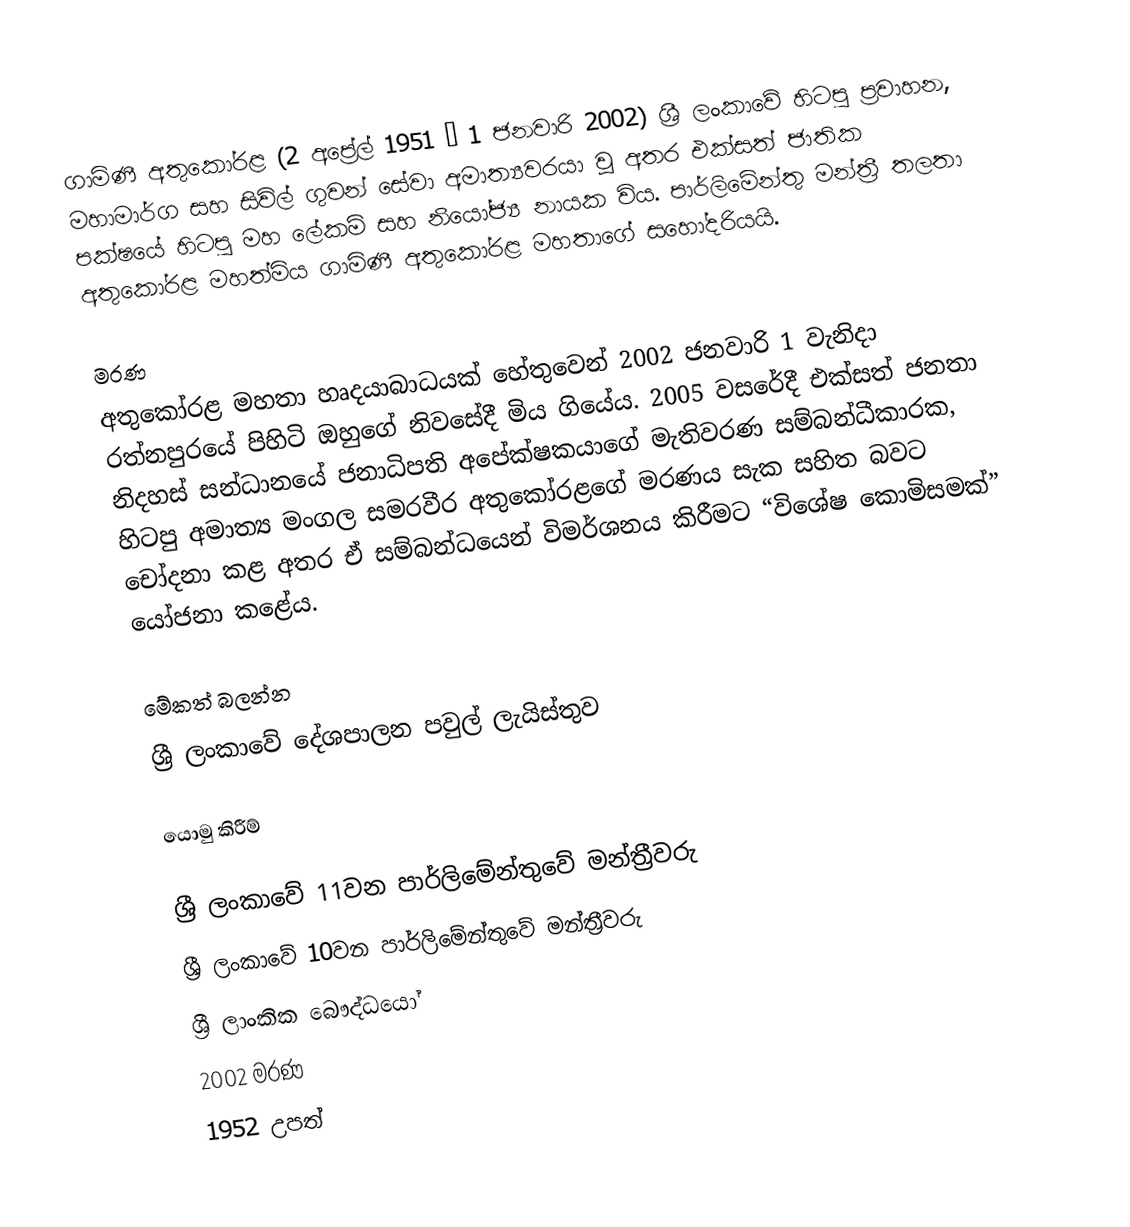
ගාමිණී අතුකෝරළ (2 අප්‍රේල් 1951 – 1 ජනවාරි 2002) ශ්‍රී ලංකාවේ හිටපු ප්‍රවාහන, මහාමාර්ග සහ සිවිල් ගුවන් සේවා අමාත්‍යවරයා වූ අතර එක්සත් ජාතික පක්ෂයේ හිටපු මහ ලේකම් සහ නියෝජ්‍ය නායක විය. පාර්ලිමේන්තු මන්ත්‍රී තලතා අතුකෝරළ මහත්මිය ගාමිණී අතුකෝරළ මහතාගේ සහෝදරියයි.

මරණ
අතුකෝරළ මහතා හෘදයාබාධයක් හේතුවෙන් 2002 ජනවාරි 1 වැනිදා රත්නපුරයේ පිහිටි ඔහුගේ නිවසේදී මිය ගියේය. 2005 වසරේදී එක්සත් ජනතා නිදහස් සන්ධානයේ ජනාධිපති අපේක්ෂකයාගේ මැතිවරණ සම්බන්ධීකාරක, හිටපු අමාත්‍ය මංගල සමරවීර අතුකෝරළගේ මරණය සැක සහිත බවට චෝදනා කළ අතර ඒ සම්බන්ධයෙන් විමර්ශනය කිරීමට “විශේෂ කොමිසමක්” යෝජනා කළේය.

මේකත් බලන්න
ශ්‍රී ලංකාවේ දේශපාලන පවුල් ලැයිස්තුව

යොමු කිරීම්

ශ්‍රී ලංකාවේ 11වන පාර්ලිමේන්තුවේ මන්ත්‍රීවරු
ශ්‍රී ලංකාවේ 10වන පාර්ලිමේන්තුවේ මන්ත්‍රීවරු
ශ්‍රී ලාංකික බෞද්ධයෝ
2002 මරණ
1952 උපත්